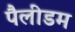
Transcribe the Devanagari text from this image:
पैलीडम